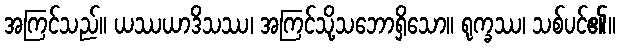
အကြင်သည်။ ယဿယာဒိသဿ၊ အကြင်သို့သဘောရှိသော။ ရုက္ခဿ၊ သစ်ပင်၏။